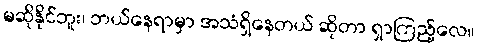
မဆိုနိုင်ဘူး၊ ဘယ်နေရာမှာ အသံရှိနေတယ် ဆိုတာ ရှာကြည့်လေ။